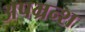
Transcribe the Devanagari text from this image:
अपभ्रन्‍श